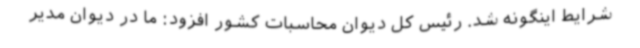
شرایط اینگونه شد. رئیس کل دیوان محاسبات کشور افزود: ما در دیوان مدیر